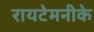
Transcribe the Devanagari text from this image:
रायटेमनीके